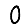
Digit: 0